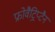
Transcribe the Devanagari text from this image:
फ्रोवैट्रिप्टैन